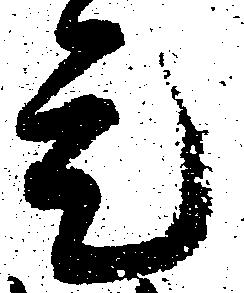
是